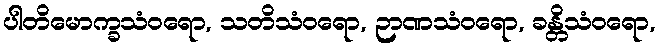
ပါတိမောက္ခသံဝရော, သတိသံဝရော, ဉာဏသံဝရော, ခန္တိသံဝရော,